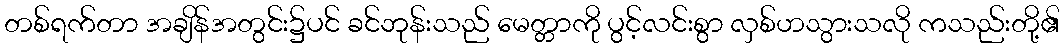
တစ်ရက်တာ အချိန်အတွင်း၌ပင် ခင်ဘုန်းသည် မေတ္တာကို ပွင့်လင်းစွာ လှစ်ဟသွားသလို ကသည်းတို့၏